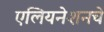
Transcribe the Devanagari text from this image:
एलियनेशनचे